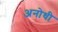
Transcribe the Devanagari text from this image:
अनोधी